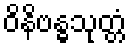
ဝိနိဗန္ဓသုတ္တံ